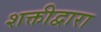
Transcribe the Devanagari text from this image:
शक्तीद्वारा